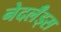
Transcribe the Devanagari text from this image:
नेदर्लँड्स